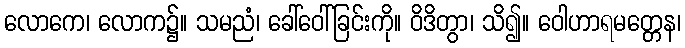
လောကေ၊ လောက၌။ သမညံ၊ ခေါ်ဝေါ်ခြင်းကို။ ဝိဒိတွာ၊ သိ၍။ ဝေါဟာရမတ္တေန၊